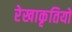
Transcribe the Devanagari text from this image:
रेखाकृतियों